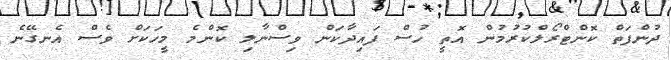
ދުންފަތް ކޮންޓްރޯލްކުރުމުން އޮތީ ހުސް ފައިދާކަން ވިސްނާލި ކޮންމެ މީހަކަށް ވެސް އެނގޭނެ